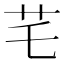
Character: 𦬃